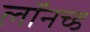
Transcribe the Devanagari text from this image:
लॉनच्ड